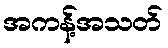
အကန့်အသတ်